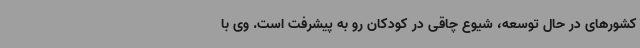
کشورهای در حال توسعه، شیوع چاقی در کودکان رو به پیشرفت است. وی با